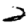
Digit: 2